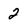
Character: 2